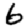
Digit: 6